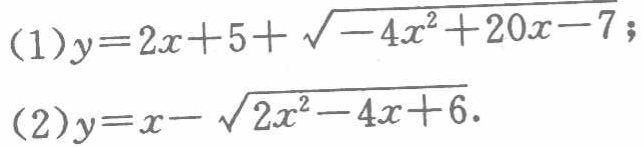
(1)$y = 2x + 5+\sqrt{-4x^{2}+20x - 7}$;

(2)$y = x-\sqrt{2x^{2}-4x + 6}$.